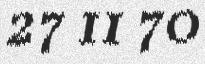
27 11 70